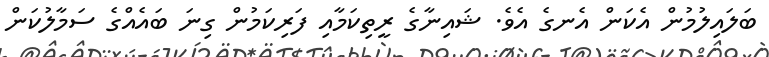
ބަލައިލުމުން އެކަން އެނގެ އެވެ. ޝައިނާގެ ރީތިކަމާއި ފަރިކަމުން ގިނަ ބައެއްގެ ސަމާލުކަން